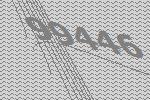
99446